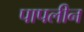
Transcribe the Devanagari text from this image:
पापलीन